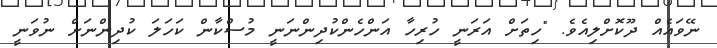
ނޭވައެއް ދޫކޮށްލިއެވެ. "ހިތަށް އަރަނީ ހުރިހާ އަންހެންކުދިންނަނީ މުސްކާން ކަހަލަ ކުދިންނަށް ނުވަނީ